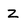
Character: Z